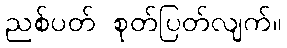
ညစ်ပတ် စုတ်ပြတ်လျက်။